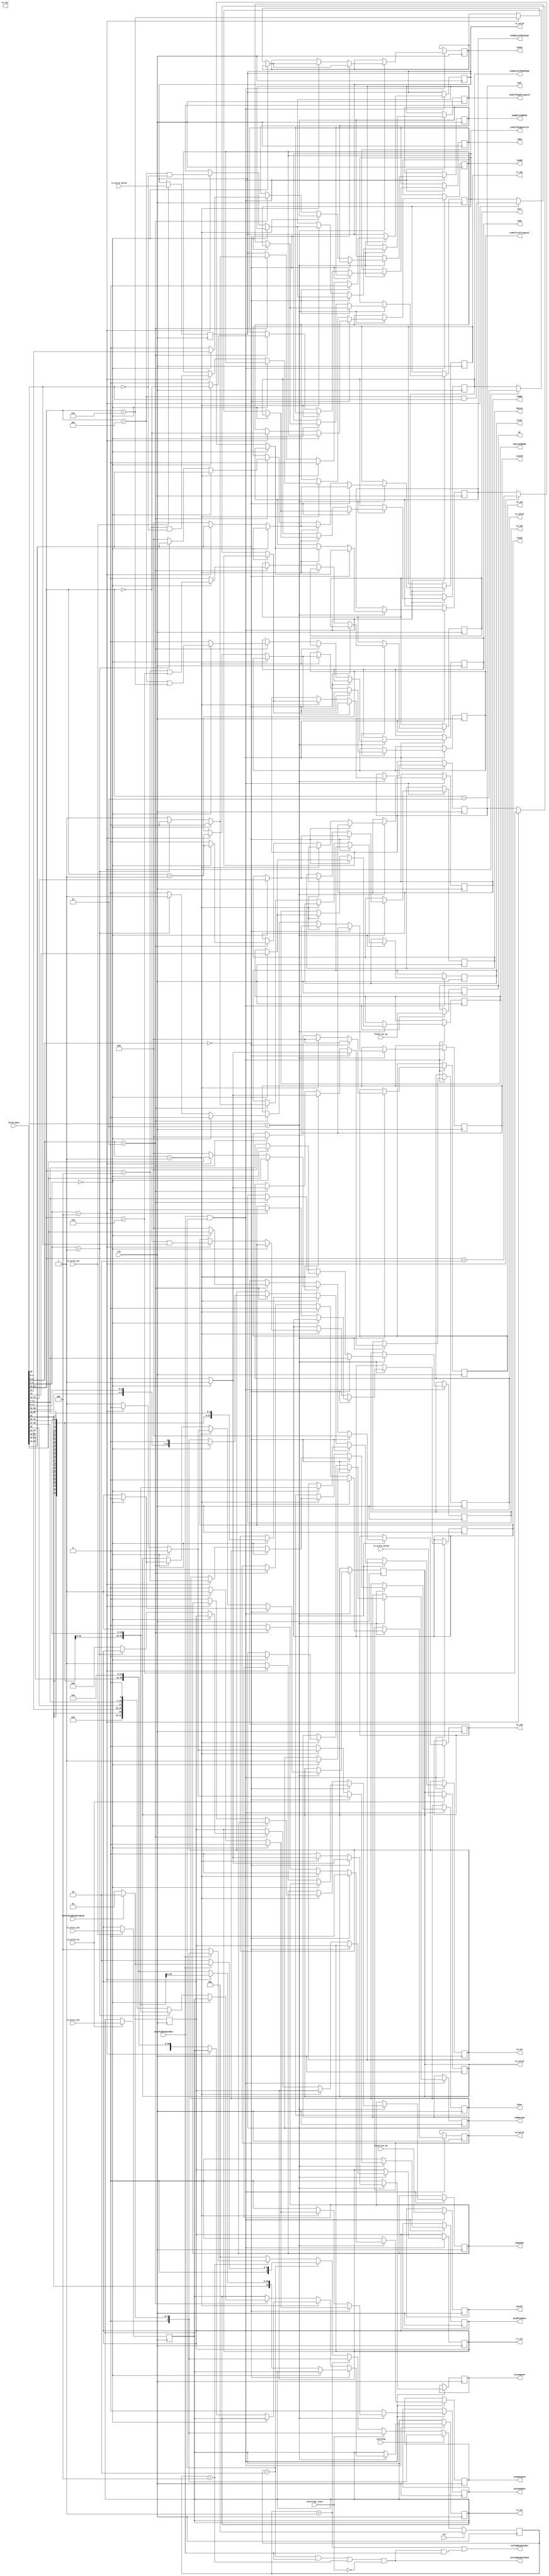
`timescale 1ns/1ns

module decoder #(
    parameter XLEN      = 32, parameter REG_IDX = 5,
    parameter UOP_WIDTH = 7 , parameter AMT_REG = 32,
    parameter READ_ADDR_SIZE = 32
)(

input wire [XLEN          -1: 0] fetch_data,
input wire [READ_ADDR_SIZE-1: 0] fetch_cur_pc,
input wire [READ_ADDR_SIZE-1: 0] fetch_nxt_pc,
input wire                       beforePipReadyToSend,
input wire                       nextPipReadyToRcv,
input wire                       rst,
input wire                       startSig,
input wire                       interrupt_start,
input wire                       clk,

input wire                       r1_write_valid,
input wire [XLEN          -1: 0] r1_write_val,
input wire                       r1_write_en,

input wire                       r2_write_valid,
input wire [XLEN          -1: 0] r2_write_val,
input wire                       r2_write_en,



output wire                     curPipReadyToRcv,
output wire                     curPipReadyToSend,

output reg                      r1_valid,
output reg[REG_IDX-1 : 0]       r1_idx,
output reg[XLEN-1 : 0]          r1_val,

output reg                      r2_valid,
output reg[REG_IDX-1 : 0]       r2_idx,
output reg[XLEN-1 : 0]          r2_val,

output reg                      r3_valid,
output reg[REG_IDX-1 : 0]       r3_idx,
output reg[XLEN-1 : 0]          r3_val,

output reg                      rd_valid,
output reg[REG_IDX-1 : 0]       rd_idx,
output reg[XLEN-1 : 0]          rd_val,

output reg                      isLsUopUse,
output reg                      isMemLoad,
output reg[1:0]                 ldsize,
output reg                      ldextendMode,


output reg                      isAluUopUse,
output reg                      isAdd,
output reg                      isSub,
output reg                      isXor,
output reg                      isOr,
output reg                      isAnd,
output reg                      isCmpLessThanSign,
output reg                      isCmpLessThanUSign,
output reg                      isShiftLeftLogical,
output reg                      isShiftRightLogical,
output reg                      isShiftRightArith,


output reg                      isJmpUopUse,
output reg                      isJalR,
output reg                      isJal,
output reg                      jumpExtendMode,
output reg                      isEq,
output reg                      isNEq,
output reg                      isLt,
output reg                      isGe,

output reg                      isLdPcUopUse,
output reg                      isNeedPc,

output reg[READ_ADDR_SIZE-1: 0] pc,
output reg[READ_ADDR_SIZE-1: 0] nextPc

);

parameter OP_ALL_h = 7;       parameter OP_ALL_l =  0;
parameter OP_H_h   = 7;       parameter OP_H_l   =  5;
parameter OP_L_h   = 5;       parameter OP_L_l   =  2;
parameter IDX_RD_h =12;       parameter IDX_RD_l =  7;
parameter IDX_R1_h =20;       parameter IDX_R1_l = 15;
parameter IDX_R2_h =25;       parameter IDX_R2_l = 20;
parameter FUNCT3_h =15;       parameter FUNCT3_l = 12;
parameter FUNCT7_h =32;       parameter FUNCT7_l = 25;

parameter IMM_I_0_12_h = 32;  parameter IMM_I_0_12_l = 20;

parameter IMM_S_5_12_h = 32;  parameter IMM_S_5_12_l = 25;
parameter IMM_S_0_5_h  = 12;  parameter IMM_S_0_5_l  = 7;

parameter IMM_B_12_h   =  32; parameter IMM_B_12_l    = 31;
parameter IMM_B_5_11_h =  31; parameter IMM_B_5_11_l  = 25;
parameter IMM_B_11_h   =   8; parameter   IMM_B_11_l  = 7;
parameter IMM_B_1_5_h  =  12; parameter  IMM_B_1_5_l  = 8;

parameter IMM_U_12_32_h  = 32;  parameter IMM_U_12_32_l = 12;
parameter fixdown = 12;

parameter IMM_J_20_h    = 32; parameter IMM_J_20_l    = 31;
parameter IMM_J_1_11_h  = 31; parameter IMM_J_1_11_l  = 21;
parameter IMM_J_11_h    = 21; parameter IMM_J_11_l    = 20;
parameter IMM_J_12_20_h = 20; parameter IMM_J_12_20_l = 12;


parameter loadSizeBit_h = 14; parameter loadSizeBit_l = 12;
parameter loadExtendModeBit = 14; 


reg[3-1: 0] pipState;
parameter idleState      = 3'b000;
parameter waitBefState   = 3'b001;
parameter sendingState   = 3'b010;
parameter waitSendState  = 3'b100;


parameter LOADSIZE_BIT_l  = FUNCT3_l;
parameter LOADSIZE_BIT_h  = FUNCT3_l + 2;

wire[UOP_WIDTH-1: 0] op = fetch_data[UOP_WIDTH-1:0];

assign curPipReadyToRcv  = (pipState == waitBefState) | (curPipReadyToSend & nextPipReadyToRcv);
assign curPipReadyToSend = (( (pipState == sendingState) & nextPipReadyToRcv) | (pipState == waitSendState)) & (~interrupt_start);



always @(posedge clk ) begin

        if (rst) begin
            pipState <= idleState;
        
        end else if (startSig) begin
            
            if (beforePipReadyToSend) begin
                pipState <= sendingState;
            end else begin
                pipState <= waitBefState;
            end

        end else if (interrupt_start) begin
            if (beforePipReadyToSend)begin
                pipState <= sendingState;
            end else begin
                pipState <= waitBefState;
            end
        end else begin

            if (pipState == waitBefState)begin
                if (beforePipReadyToSend) begin
                    pipState <= sendingState;
                end  else begin
                    pipState <= waitBefState;
                end
            end else if (pipState == sendingState) begin
                if (nextPipReadyToRcv) begin
                    if (beforePipReadyToSend) begin
                        pipState <= sendingState;
                    end else begin
                        pipState <= waitBefState;
                    end
                end else begin
                    pipState <= sendingState;
                end
            end else if (pipState == waitSendState) begin
                if (nextPipReadyToRcv) begin
                    if (beforePipReadyToSend) begin
                        pipState <= sendingState;
                    end else begin
                        pipState <= waitBefState;
                    end
                end else begin
                    pipState <= waitSendState;
                end
            end else begin
                pipState <= idleState;
            end
        end
    end



    always @(posedge clk ) begin


        if (nextPipReadyToRcv && (pipState == sendingState)) begin
            
            pc     <= fetch_cur_pc;
            nextPc <= fetch_nxt_pc;


            if (op[1:0] == 2'b11)begin

            

                if (op[OP_H_h-1:OP_H_l] == 2'b00)begin

                    if (op[OP_L_h-1:OP_L_l] == 3'b000) begin
                        /////////////// do load 
                        isLsUopUse   <= 1;
                        isAluUopUse  <= 0;
                        isJmpUopUse  <= 0;
                        isLdPcUopUse <= 0;

                        r1_valid <= 0;
                        r1_idx   <= fetch_data[IDX_R1_h-1: IDX_R1_l];

                        r2_valid <= 0;
                        r2_idx   <= 0;

                        r3_valid <= 1;
                        r3_idx   <= 0;
                        r3_val   <= {{20{fetch_data[IMM_I_0_12_h-1]}}, fetch_data[IMM_I_0_12_h-1: IMM_I_0_12_l]};

                        rd_valid <= 0;
                        rd_idx   <= fetch_data[IDX_RD_h-1: IDX_RD_l];

                        isMemLoad    <= 1;
                        ldsize       <= fetch_data[LOADSIZE_BIT_h-1: LOADSIZE_BIT_l];
                        ldextendMode <= fetch_data[loadExtendModeBit];


                    end else if (op[OP_L_h-1:OP_L_l] == 3'b100) begin
                        /////////////// do op imm decode
                        isLsUopUse   <= 0;
                        isAluUopUse  <= 1;
                        isJmpUopUse  <= 0;
                        isLdPcUopUse <= 0;

                        r1_valid <= 0;
                        r1_idx   <= fetch_data[IDX_R1_h-1: IDX_R1_l];

                        r2_valid <= 1;
                        r2_idx   <= 0;
                        r2_val   <= {{20{fetch_data[IMM_I_0_12_h-1]}}, fetch_data[IMM_I_0_12_h-1: IMM_I_0_12_l]};

                        r3_valid <= 0;
                        r3_idx   <= 0;

                        rd_valid <= 0;
                        rd_idx   <= fetch_data[IDX_RD_h-1: IDX_RD_l];

                        isAdd                <= fetch_data[FUNCT3_h-1: FUNCT3_l] == 3'b000;
                        isSub                <= 0;
                        isXor                <= fetch_data[FUNCT3_h-1: FUNCT3_l] == 3'b100;
                        isOr                 <= fetch_data[FUNCT3_h-1: FUNCT3_l] == 3'b110;
                        isAnd                <= fetch_data[FUNCT3_h-1: FUNCT3_l] == 3'b111;
                        isCmpLessThanSign    <= fetch_data[FUNCT3_h-1: FUNCT3_l] == 3'b010;
                        isCmpLessThanUSign   <= fetch_data[FUNCT3_h-1: FUNCT3_l] == 3'b011;
                        isShiftLeftLogical   <= fetch_data[FUNCT3_h-1: FUNCT3_l] == 3'b001;
                        isShiftRightLogical  <= fetch_data[FUNCT3_h-1: FUNCT3_l] == 3'b101 & (fetch_data[30] == 0);
                        isShiftRightArith    <= fetch_data[FUNCT3_h-1: FUNCT3_l] == 3'b101 & (fetch_data[30] == 1);



                    end else begin 
                        /////////////// do aul pc decoder
                        isLsUopUse   <= 0;
                        isAluUopUse  <= 0;
                        isJmpUopUse  <= 0;
                        isLdPcUopUse <= 1;

                        r1_valid <= 0;
                        r1_idx   <= 0;

                        r2_valid <= 1;
                        r2_idx   <= 0;
                        r2_val   <= {fetch_data[IMM_U_12_32_h-1: IMM_U_12_32_l], 12'b0};

                        r3_valid <= 0;
                        r3_idx   <= 0;

                        rd_valid <= 0;
                        rd_idx   <= fetch_data[IDX_RD_h-1: IDX_RD_l];

                        isNeedPc <= 1;

                    end

                end else if (op[OP_H_h-1:OP_H_l] == 2'b01) begin
                    if (op[OP_L_h-1:OP_L_l] == 3'b000) begin
                        /////////////// do store store 
                        isLsUopUse   <= 1;
                        isAluUopUse  <= 0;
                        isJmpUopUse  <= 0;
                        isLdPcUopUse <= 0;

                        r1_valid <= 0;
                        r1_idx   <= fetch_data[IDX_R1_h-1: IDX_R1_l];

                        r2_valid <= 0;
                        r2_idx   <= fetch_data[IDX_R2_h-1: IDX_R2_l];

                        r3_valid <= 1;
                        r3_idx   <= 0;
                        r3_val   <= { {20{
                                       fetch_data[IMM_I_0_12_h-1]}}, 
                                       fetch_data[IMM_S_5_12_h-1: IMM_S_5_12_l],
                                       fetch_data[IMM_S_0_5_h-1 :  IMM_S_0_5_l]
                                       };

                        rd_valid <= 0;
                        rd_idx   <= 0;

                        isMemLoad    <= 0;
                        ldsize       <= fetch_data[LOADSIZE_BIT_h-1: LOADSIZE_BIT_l];
                        ldextendMode <= fetch_data[loadExtendModeBit];

                    end else if (op[OP_L_h-1:OP_L_l] == 3'b100) begin
                        /////////////// do op decode
                        isLsUopUse   <= 0;
                        isAluUopUse  <= 1;
                        isJmpUopUse  <= 0;
                        isLdPcUopUse <= 0;

                        r1_valid <= 0;
                        r1_idx   <= fetch_data[IDX_R1_h-1: IDX_R1_l];

                        r2_valid <= 0;
                        r2_idx   <= fetch_data[IDX_R2_h-1: IDX_R2_l];

                        r3_valid <= 0;
                        r3_idx   <= 0;

                        rd_valid <= 0;
                        rd_idx   <= fetch_data[IDX_RD_h-1: IDX_RD_l];

                        isAdd                <= (fetch_data[FUNCT3_h-1: FUNCT3_l] == 3'b000) & (fetch_data[30] == 0);
                        isSub                <= (fetch_data[FUNCT3_h-1: FUNCT3_l] == 3'b000) & (fetch_data[30] == 1);
                        isXor                <=  fetch_data[FUNCT3_h-1: FUNCT3_l] == 3'b100;
                        isOr                 <=  fetch_data[FUNCT3_h-1: FUNCT3_l] == 3'b110;
                        isAnd                <=  fetch_data[FUNCT3_h-1: FUNCT3_l] == 3'b111;
                        isCmpLessThanSign    <=  fetch_data[FUNCT3_h-1: FUNCT3_l] == 3'b010;
                        isCmpLessThanUSign   <=  fetch_data[FUNCT3_h-1: FUNCT3_l] == 3'b011;
                        isShiftLeftLogical   <=  fetch_data[FUNCT3_h-1: FUNCT3_l] == 3'b001;
                        isShiftRightLogical  <= (fetch_data[FUNCT3_h-1: FUNCT3_l] == 3'b101) & (fetch_data[30] == 0);
                        isShiftRightArith    <= (fetch_data[FUNCT3_h-1: FUNCT3_l] == 3'b101) & (fetch_data[30] == 1);

                    end else begin 
                        /////////////// do lui pc decoder
                        isLsUopUse   <= 0;
                        isAluUopUse  <= 0;
                        isJmpUopUse  <= 0;
                        isLdPcUopUse <= 1;

                        r1_valid <= 0;
                        r1_idx   <= 0;

                        r2_valid <= 1;
                        r2_idx   <= 0;
                        r2_val   <= {fetch_data[IMM_U_12_32_h-1: IMM_U_12_32_l], 12'b0};

                        r3_valid <= 0;
                        r3_idx   <= 0;

                        rd_valid <= 0;
                        rd_idx   <= fetch_data[IDX_RD_h-1: IDX_RD_l];

                        isNeedPc <= 0;

                    end
                end else if (op[OP_H_h-1:OP_H_l] == 2'b11) begin
                    if (op[OP_L_h-1:OP_L_l] == 3'b000) begin
                        /////////////// do branch store 
                        isLsUopUse   <= 0;
                        isAluUopUse  <= 0;
                        isJmpUopUse  <= 1;
                        isLdPcUopUse <= 0;

                        r1_valid <= 0;
                        r1_idx   <= fetch_data[IDX_R1_h-1: IDX_R1_l];

                        r2_valid <= 0;
                        r2_idx   <= fetch_data[IDX_R2_h-1: IDX_R2_l];
                        

                        r3_valid <= 1;
                        r3_idx   <= 0;
                        r3_val   <= {
                            {20{fetch_data[IMM_B_12_h-1]}},
                                fetch_data[IMM_B_12_h  -1: IMM_B_12_l  ],
                                fetch_data[IMM_B_11_h  -1: IMM_B_11_l  ],
                                fetch_data[IMM_B_5_11_h-1: IMM_B_5_11_l],
                                fetch_data[IMM_B_1_5_h -1: IMM_B_1_5_l ],
                            1'b0
                        };

                        rd_valid <= 0;
                        rd_idx   <= fetch_data[IDX_RD_h-1: IDX_RD_l];


                        jumpExtendMode <= fetch_data[13];
                        isJalR         <= 0;
                        isJal          <= 0;
                        isEq           <= (fetch_data[FUNCT3_h-1: FUNCT3_l] == 3'b000);
                        isNEq          <= (fetch_data[FUNCT3_h-1: FUNCT3_l] == 3'b001);
                        isLt           <= (fetch_data[FUNCT3_h-1: FUNCT3_l] == 3'b100) | (fetch_data[FUNCT3_h-1: FUNCT3_l] == 3'b110);
                        isGe           <= (fetch_data[FUNCT3_h-1: FUNCT3_l] == 3'b101) | (fetch_data[FUNCT3_h-1: FUNCT3_l] == 3'b111);

                    end else if (op[OP_L_h-1:OP_L_l] == 3'b001) begin
                        /////////////// do jalr decode
                        isLsUopUse   <= 0;
                        isAluUopUse  <= 0;
                        isJmpUopUse  <= 1;
                        isLdPcUopUse <= 0;

                        r1_valid <= 0;
                        r1_idx   <= fetch_data[IDX_R1_h-1: IDX_R1_l];

                        r2_valid <= 1;
                        r2_idx   <= 0;
                        r2_val   <= {{20{fetch_data[IMM_I_0_12_h-1]}}, fetch_data[IMM_I_0_12_h-1: IMM_I_0_12_l]};
                        

                        r3_valid <= 0;
                        r3_idx   <= 0;

                        rd_valid <= 0;
                        rd_idx   <= fetch_data[IDX_RD_h-1: IDX_RD_l];


                        isJalR         <= 1;
                        isJal          <= 0;
                        jumpExtendMode <= 0;
                        isEq           <= 0;
                        isNEq          <= 0;
                        isLt           <= 0;
                        isGe           <= 0;


                    end else begin 
                        /////////////// do jal decoder
                                                /////////////// do jalr decode
                        isLsUopUse   <= 0;
                        isAluUopUse  <= 0;
                        isJmpUopUse  <= 1;
                        isLdPcUopUse <= 0;

                        r1_valid <= 1;
                        r1_idx   <= 0;
                        r1_val   <= 0;

                        r2_valid <= 1;
                        r2_idx   <= 0;
                        r2_val   <=    {    12'b0,
                                            fetch_data[IMM_J_20_h   -1 :    IMM_J_20_l],
                                            fetch_data[IMM_J_12_20_h-1 : IMM_J_12_20_l],
                                            fetch_data[IMM_J_11_h   -1 : IMM_J_11_l   ],
                                            fetch_data[IMM_J_1_11_h -1 : IMM_J_1_11_l ],
                                            1'b0
                                       };
                        

                        r3_valid <= 0;
                        r3_idx   <= 0;

                        rd_valid <= 0;
                        rd_idx   <= fetch_data[IDX_RD_h-1: IDX_RD_l];


                        isJalR         <= 0;
                        isJal          <= 1;
                        jumpExtendMode <= 0;
                        isEq           <= 0;
                        isNEq          <= 0;
                        isLt           <= 0;
                        isGe           <= 0;

                    end

                end else begin
                    isLsUopUse   <= 0;
                    isAluUopUse  <= 0;
                    isJmpUopUse  <= 0;
                    isLdPcUopUse <= 0;

                end

            end else begin
                isLsUopUse   <= 0;
                isAluUopUse  <= 0;
                isJmpUopUse  <= 0;
                isLdPcUopUse <= 0;
            end
        end
    
    end

    //////// control register in case not decoding
    always @(posedge clk) begin

        if (r1_write_en)begin
            r1_valid <= r1_write_valid;
            r1_val   <= r1_write_val;
        end

        if (r2_write_en)begin
            r2_valid <= r2_write_valid;
            r2_val   <= r2_write_val;

        end
    
    end

endmodule